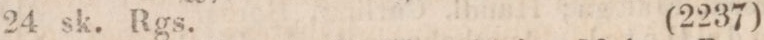
24 sk. Rgs.    (2237)